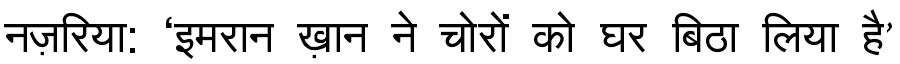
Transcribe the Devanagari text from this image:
नज़रिया: ‘इमरान ख़ान ने चोरों को घर बिठा लिया है’